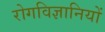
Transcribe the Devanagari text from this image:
रोगविज्ञानियों